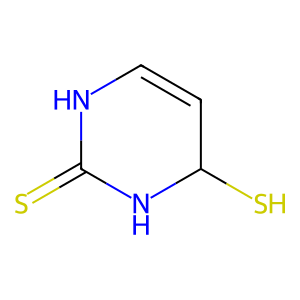
SMILES: S=C1NC=CC(S)N1
Inhibits HIV replication: No